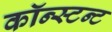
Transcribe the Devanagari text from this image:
कॉन्स्टन्ट